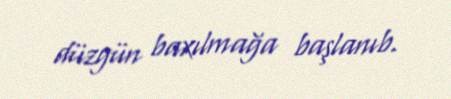
düzgün baxılmağa başlanıb.